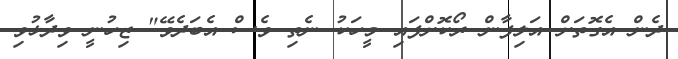
ދެން އެގޮތަށް އަލިފާން ރޯކޮށްފައި މީހަކު ނެތި ވެސް އެބަދެވޭ" ޒިހުނީ ވިދާޅުވި